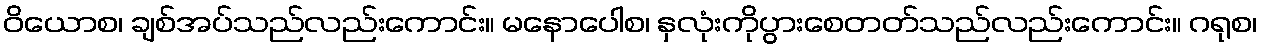
ဝိယောစ၊ ချစ်အပ်သည်လည်းကောင်း။ မနောပေါစ၊ နှလုံးကိုပွားစေတတ်သည်လည်းကောင်း။ ဂရုစ၊